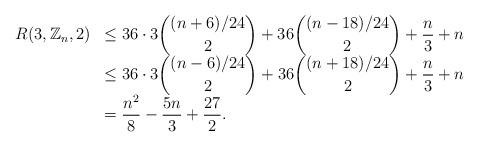
LaTeX: \begin{align*}\begin{array}{rl}\displaystyle R(3,\mathbb{Z}_n,2) & \displaystyle \leq 36 \cdot 3{ (n+6)/24 \choose 2 }+ 36{ (n-18)/24 \choose 2 } + \frac{n}{3}+n \\& \displaystyle \leq 36 \cdot 3{ (n-6)/24 \choose 2 }+ 36{ (n+18)/24 \choose 2 } + \frac{n}{3}+n \\& \displaystyle = \frac{n^2}{8}-\frac{5n}{3}+\frac{27}{2}.\end{array}\end{align*}